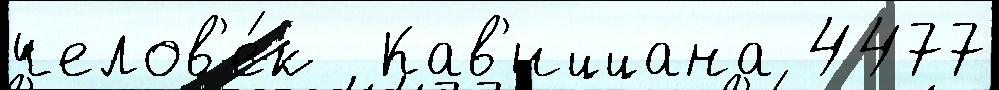
челов'е́к  Кав'иццана 4477